Source: Computer-generated
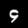
Digit: ၄ (4)